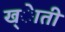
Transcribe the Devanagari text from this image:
ख्ेाती